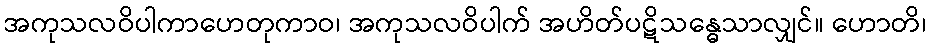
အကုသလဝိပါကာဟေတုကာဝ၊ အကုသလဝိပါက် အဟိတ်ပဋိသန္ဓေသာလျှင်။ ဟောတိ၊